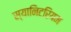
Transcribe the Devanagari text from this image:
स्यानिटरियम